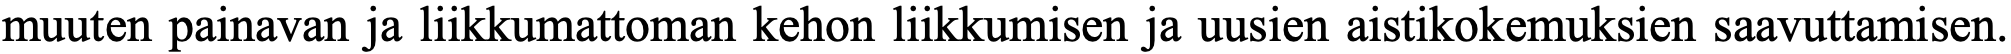
muuten painavan ja liikkumattoman kehon liikkumisen ja uusien aistikokemuksien saavuttamisen.